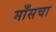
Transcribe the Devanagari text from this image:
माँसचा